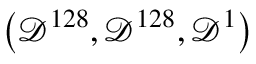
\left( \mathcal { D } ^ { 1 2 8 } , \mathcal { D } ^ { 1 2 8 } , \mathcal { D } ^ { 1 } \right)